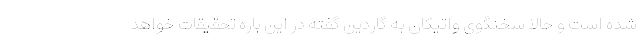
شده است و حالا سخنگوی واتیکان به گاردین گفته در این باره تحقیقات خواهد